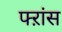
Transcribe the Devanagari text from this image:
फ्ऱांस